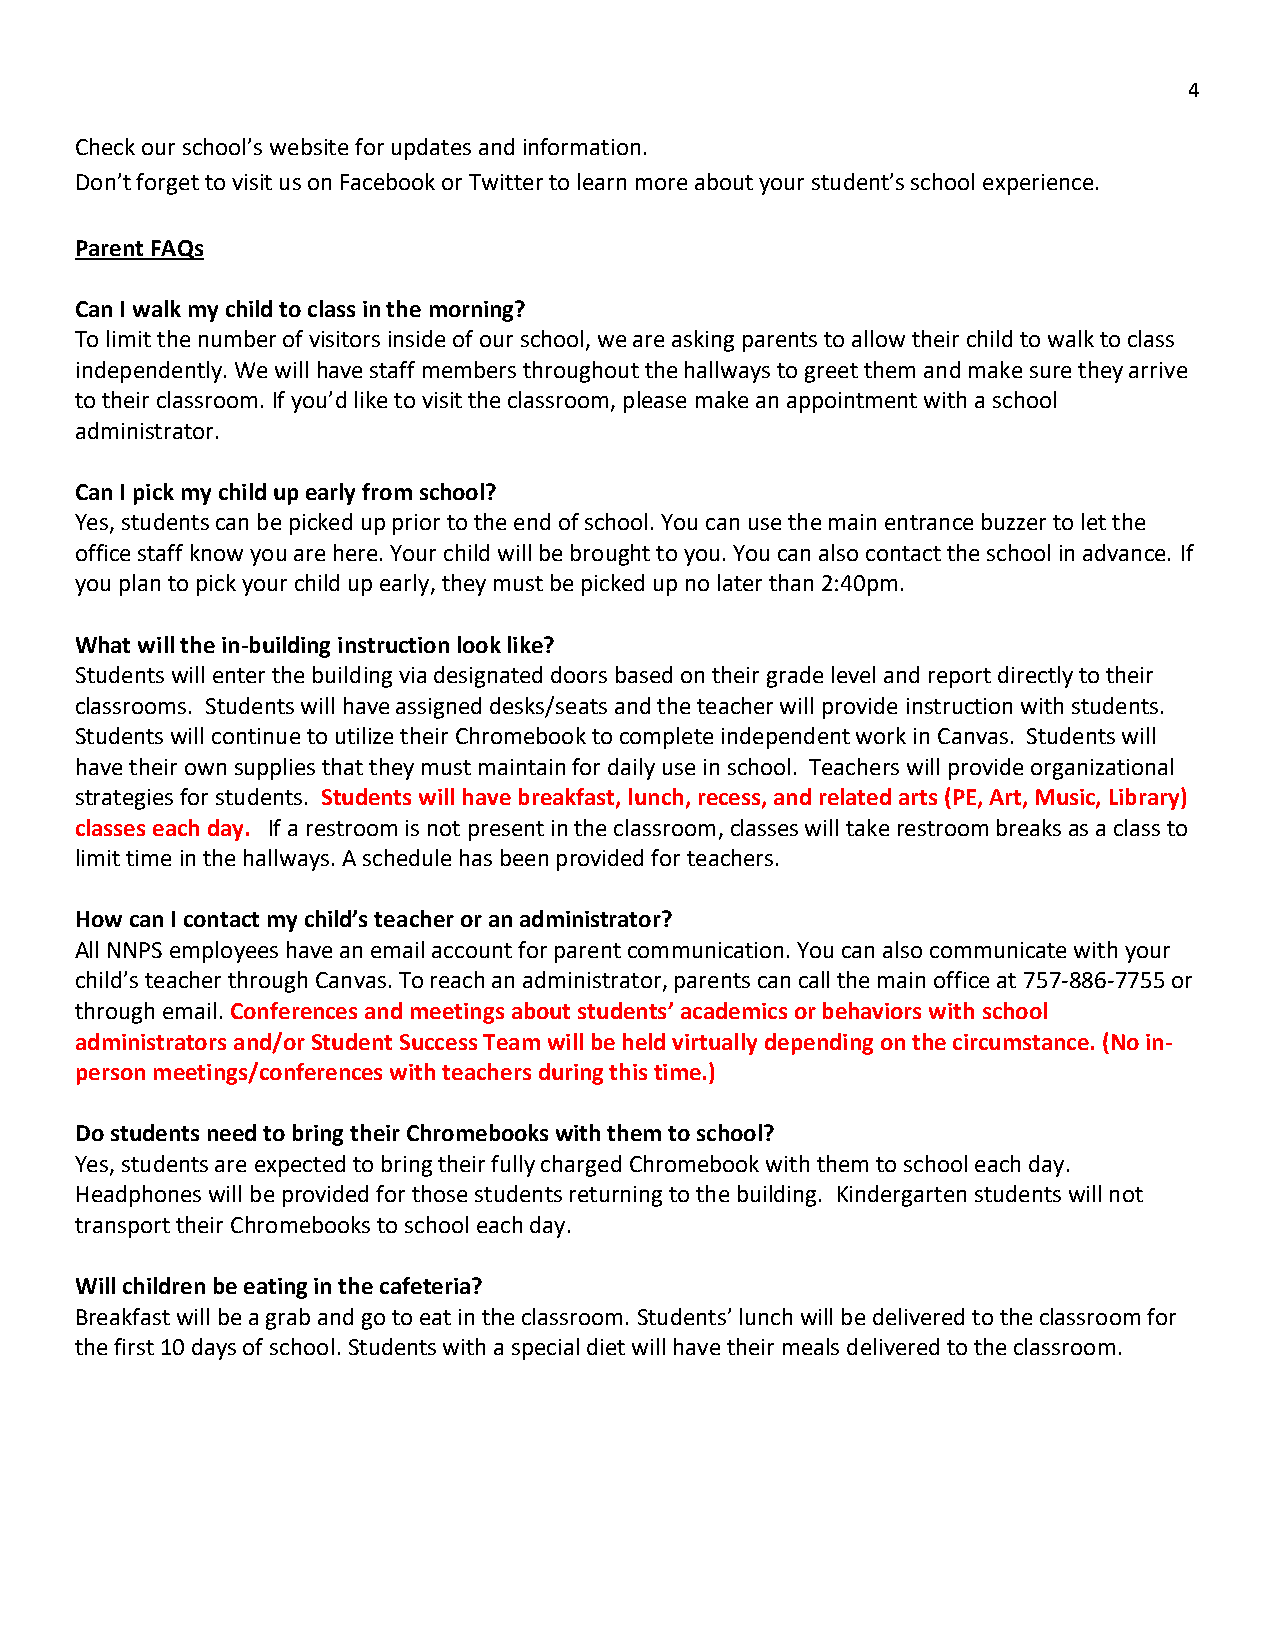
4
 Check our school’s website for updates and information.
 Don’t forget to visit us on Facebook or Twitter to learn more about your student’s school experience.
 Parent FAQs
 Can I walk my child to class in the morning?
 To limit the number of visitors inside of our school, we are asking parents to allow their child to walk to class
 independently. We will have staff members throughout the hallways to greet them and make sure they arrive
 to their classroom. If you’d like to visit the classroom, please make an appointment with a school
 administrator.
 Can I pick my child up early from school?
 Yes, students can be picked up prior to the end of school. You can use the main entrance buzzer to let the
 office staff know you are here. Your child will be brought to you. You can also contact the school in advance. If
 you plan to pick your child up early, they must be picked up no later than 2:40pm.
 What will the in-building instruction look like?
 Students will enter the building via designated doors based on their grade level and report directly to their
 classrooms. Students will have assigned desks/seats and the teacher will provide instruction with students.
 Students will continue to utilize their Chromebook to complete independent work in Canvas. Students will
 have their own supplies that they must maintain for daily use in school. Teachers will provide organizational
 strategies for students. Students will have breakfast, lunch, recess, and related arts (PE, Art, Music, Library)
 classes each day. If a restroom is not present in the classroom, classes will take restroom breaks as a class to
 limit time in the hallways. A schedule has been provided for teachers.
 How can I contact my child’s teacher or an administrator?
 All NNPS employees have an email account for parent communication. You can also communicate with your
 child’s teacher through Canvas. To reach an administrator, parents can call the main office at 757-886-7755 or
 through email. Conferences and meetings about students’ academics or behaviors with school
 administrators and/or Student Success Team will be held virtually depending on the circumstance. (No in-
 person meetings/conferences with teachers during this time.)
 Do students need to bring their Chromebooks with them to school?
 Yes, students are expected to bring their fully charged Chromebook with them to school each day.
 Headphones will be provided for those students returning to the building. Kindergarten students will not
 transport their Chromebooks to school each day.
 Will children be eating in the cafeteria?
 Breakfast will be a grab and go to eat in the classroom. Students’ lunch will be delivered to the classroom for
 the first 10 days of school. Students with a special diet will have their meals delivered to the classroom.